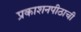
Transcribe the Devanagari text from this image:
प्रकाशनपीठाची